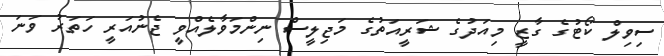
ސިވިލް ކޯޓުގެ ގާޒީ މިއަދުގެ ޝަރީއަތުގެ މަޖިލީސް ނިންމަވާލެއްވީ ޖެނުއަރީ ހަތަރު ވަނަ